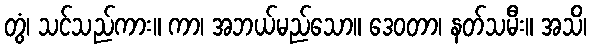
တွံ၊ သင်သည်ကား။ ကာ၊ အဘယ်မည်သော။ ဒေဝတာ၊ နတ်သမီး။ အသိ၊